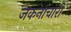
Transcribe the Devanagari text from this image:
जकनाचारी